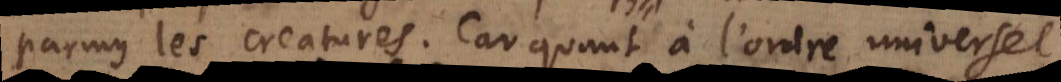
parmy les creatures. Car quant à l’ordre universel,